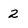
Character: 2